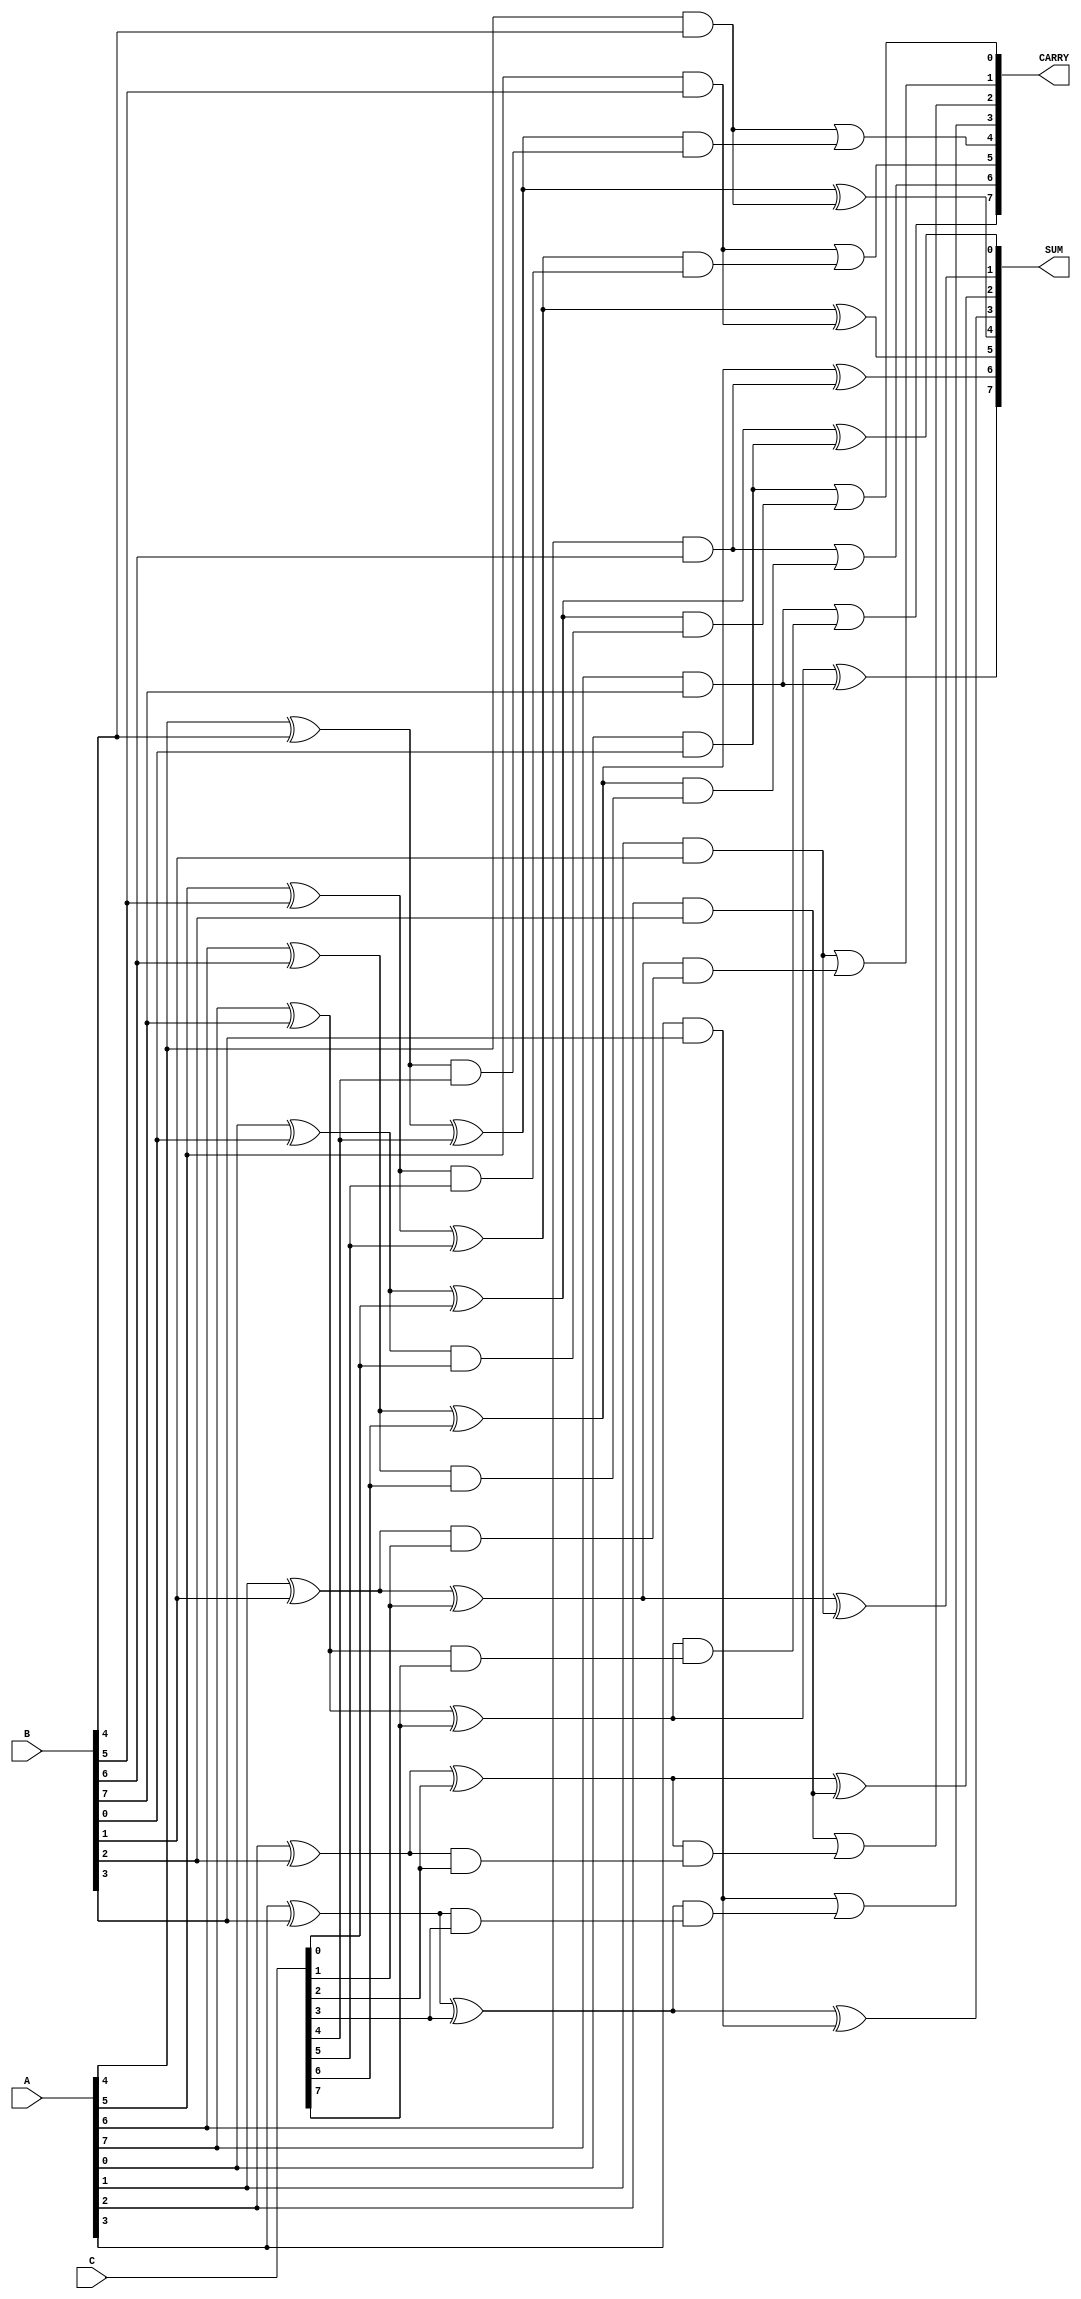
module CarrySaveAdderTree #(
    parameter N = 8  // Width of the input numbers
)(
    input [N-1:0] A,  // First input operand
    input [N-1:0] B,  // Second input operand
    input [N-1:0] C,  // Third input operand
    output [N-1:0] SUM, // Final sum output
    output [N-1:0] CARRY // Final carry output
);

    wire [N-1:0] sum1, carry1; // Outputs of first CSA stage
    wire [N-1:0] sum2, carry2; // Outputs of second CSA stage

    // First stage - CSA between A and B
    generate
        genvar i;
        for (i = 0; i < N; i = i + 1) begin : CSA1
            assign sum1[i] = A[i] ^ B[i]; // Sum output
            assign carry1[i] = A[i] & B[i]; // Carry output
        end
    endgenerate

    // Second stage - CSA between sum1 and C
    generate
        for (i = 0; i < N; i = i + 1) begin : CSA2
            assign sum2[i] = sum1[i] ^ C[i]; // Sum output
            assign carry2[i] = sum1[i] & C[i]; // Carry output
        end
    endgenerate

    // Final stage - Combine sum2 and carry1
    generate
        for (i = 0; i < N; i = i + 1) begin : FinalStage
            assign SUM[i] = sum2[i] ^ carry1[i]; // Final sum output
            assign CARRY[i] = carry1[i] | (sum2[i] & carry2[i]); // Final carry output
        end
    endgenerate

endmodule